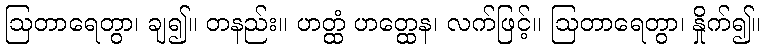
ဩတာရေတွာ၊ ချ၍။ တနည်း။ ဟတ္ထံ ဟတ္ထေန၊ လက်ဖြင့်။ ဩတာရေတွာ၊ နှိုက်၍။